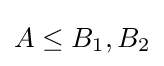
A\leq B_{1},B_{2}